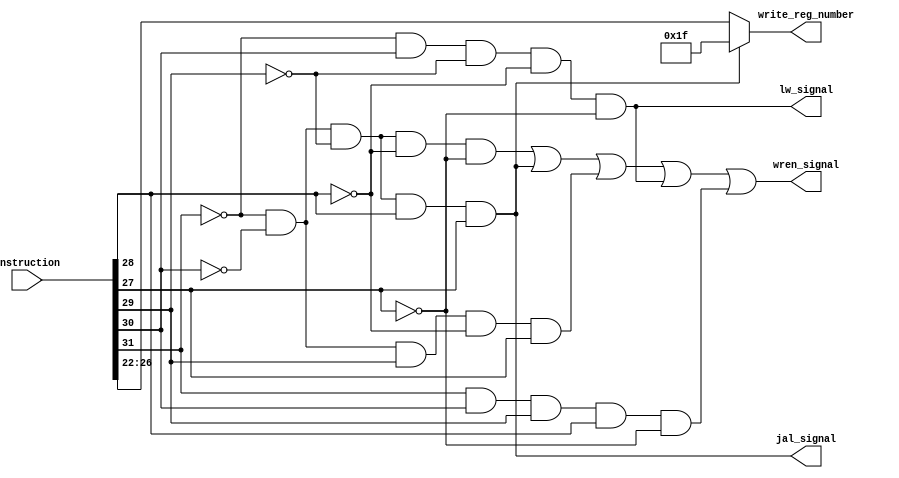
module control_writeback(instruction,write_reg_number,jal_signal,lw_signal,wren_signal);
	input[31:0] instruction;
	output[4:0] write_reg_number;
	output jal_signal,lw_signal,wren_signal;
	
	//optaining the opcode and putting them in individual wires;
	wire A,B,C,D,E;
	assign A = instruction[31];
	assign B = instruction[30];
	assign C = instruction[29];
	assign D = instruction[28];
	assign E = instruction[27];
	
	wire jal_signal_wire;
	assign jal_signal_wire = ~A&~B&~C&D&E;
	
	assign write_reg_number = (jal_signal_wire) ? 5'b11111 : instruction[26:22];
	
	assign jal_signal = jal_signal_wire;
	assign lw_signal = ~A&B&~C&~D&~E;
	assign wren_signal = (~A&~B&~C&~D&~E) | (~A&~B&~C&D&E) | (~A&~B&C&~D&E) | (~A&B&~C&~D&~E) | (A&B&C&D&~E);
	
	
endmodule